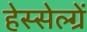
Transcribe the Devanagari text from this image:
हेस्सेल्ग्रें